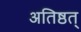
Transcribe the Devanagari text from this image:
अतिष्ठत्